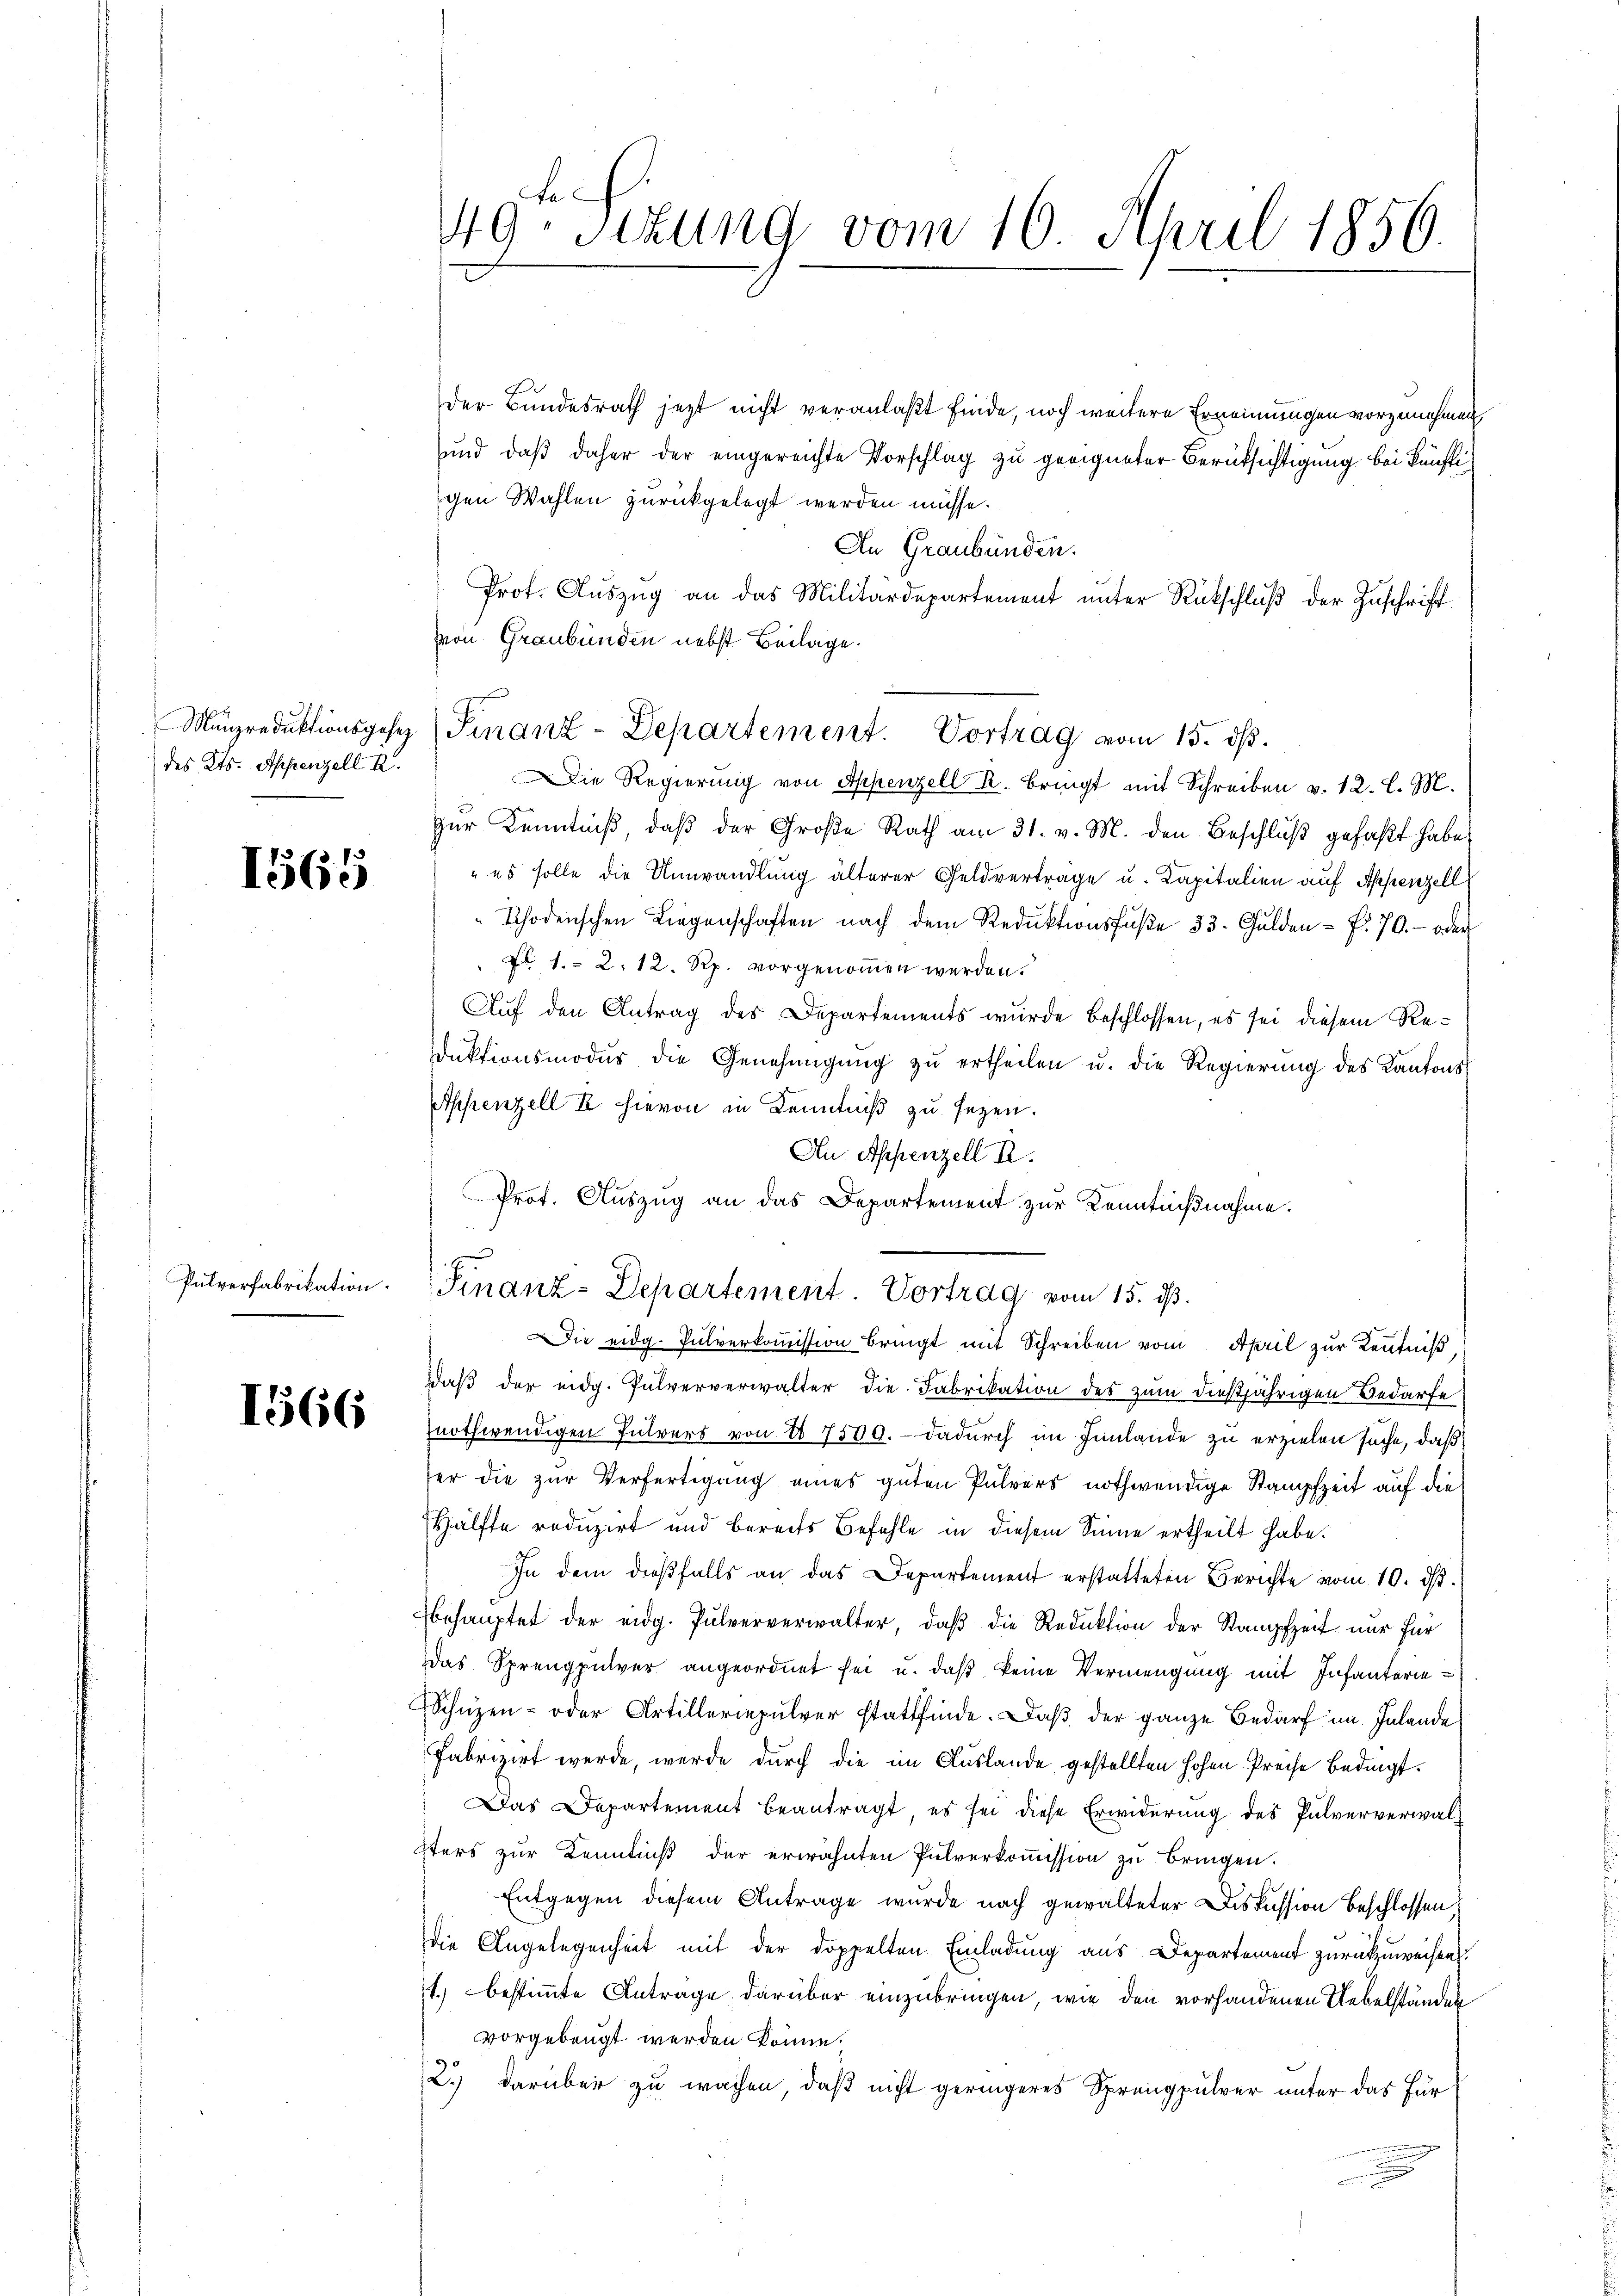
Münzreduktionsgesez
des Kts. Appenzell I.

1565

Pulverfabrikation.

1566

f
49 sezung vom 16. April 1856.

der Bundesrath jezt nicht veranlaßt finde, noch weitere Ernennungen vorzunehmen
und daß daher der eingereichte Vorschlag zu geeigneter Berücksichtigung bei künftigen Wahlen zurückgelegt werden müsse.
An Graubünden.
Prot. Aŭszŭg an das Militärdepartement ŭnter Rückschlŭβ der Zŭschrift
von Graubünden nebst Beilage.
ie Regierung von Appenzell R. Bringt mit Schreiben v. 12. l. M.
zur Kenntniß, daβ der Große Rath am 31. v. M. den Beschluß gefaßt habe,
" es solle die Umwandlung älterer Geldvertrage u. Kapitalien auf Appenzell
Rhodenschen Liegenschaften nach dem Reduktionsfŭβe 33. Gulden f. 70. oder
 Fr. 1.- 2. 12. Rp. vorgenommen werden.
Auf den Antrag des Departements wurde beschlossen, es sei diesem Reduktionsmoder die Genehmigŭng zu ertheilen u. die Regierung des Kantons
Appenzell I. hievon in Kenntniß zu sezen.
An Appenzell I.
Prot. Auszug an das Departement zur Kenntnißnahme.
Finanz-Departement Vortrag vom 15. ds.
Die eidg. Pulverkoṁission bringt mit Schreiben vom April zur Kenntniß
Daß der eidg. Pulververwalter die Fabrikation des zum dießjährigen Bedarfe
nothwendigen Tutvers von 1 7509. dadurch im Hinlände zu erzielen suche, daß
er die zur Verfertigung eines guten Pulvers nothwendige Stampfzeit auf die
Hälfte reduzirt und bereits Befehle in diesem Sinne ertheilt habe.
In dem dießfalls an das Departement erstatteten Berichte vom 10. ds.
behauptet der eidg. Pulververwalter, daβ die Reduktion der Stampfzeit nur für
das Sprengpulver angeordnet sei u. daß keine Vermengung mit Infanterie¬
Schüzen- oder Artilleriepulver stattfinde. Daß der ganze Bedarf im Inlande
Fabrizirt werde, werde durch die im Auslande, gestellten hohen Preise Bedingt.
Das Departement beantragt, es sei diese Erwiderung des Pulververwalsters zur Kenntniß der erwähnten Pulverkoṁission zu bringen.
Entgegen diesem Antrage wurde nach gewalteter Diskussion beschlossen,
die Angelegenheit mit der doppelten Einladung aus Departement zurückzuweisen
1.) bestimmte Antrage darüber einzubringen, wie den vorhandenen Uebelständen
vorgebeugt werden könne.
2.) darüber zu wachen, daß nicht geringeres Sprengpulver unter das für

Finanz-Departement. Vortrag vom 15. ds.